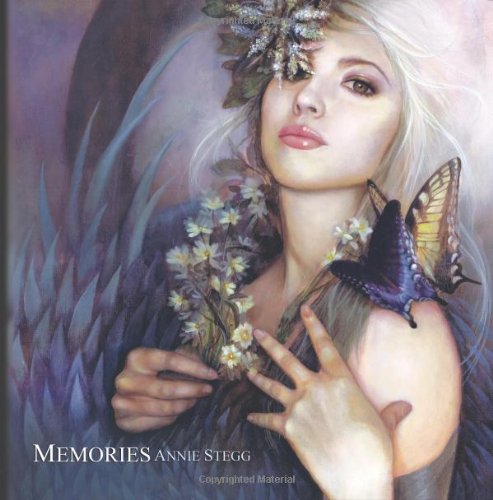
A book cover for Memories; Annie Stegg; Arts & Photography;